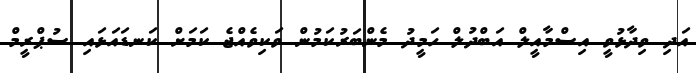
އަދި ވިދާޅުވީ އިސްމާއީލް އަބްދުލް ހަމީދު މެންބަރުކަމުން ވަކިވެއްޖެ ކަމަށް ކަނޑައަޅައި ސުޕްރީމް